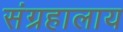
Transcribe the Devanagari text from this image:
संग्रहालाय